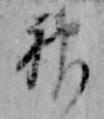
神